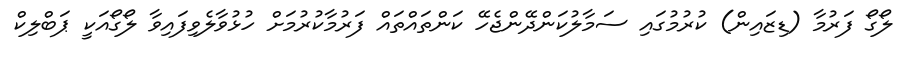
ލޯގޯ ފަރުމާ (ޑިޒައިން) ކުރުމުގައި ސަމާލުކަންދޭންޖެހޭ ކަންތައްތައް ފަރުމާކުރުމަށް ހުޅުވާލެވިފައިވާ ލޯގޯއަކީ ޕަބްލިކް